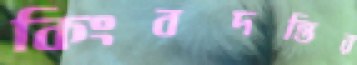
কিংবদন্তির